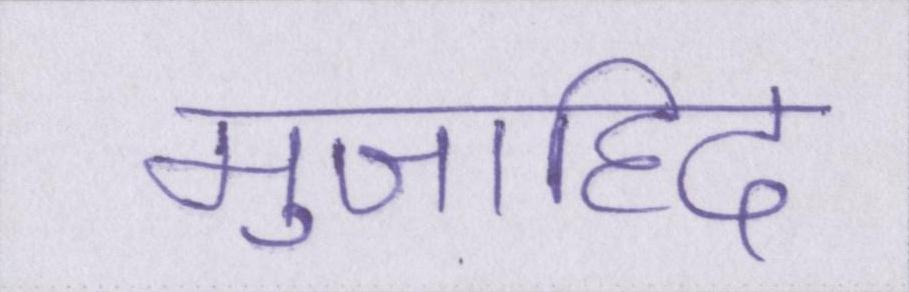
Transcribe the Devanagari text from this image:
मुजाहिद